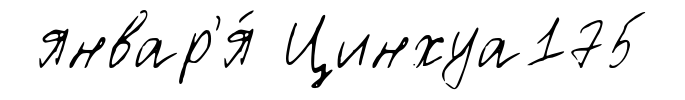
январ'я́ Цинхуа175